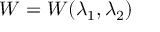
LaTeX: W = W ( \lambda _ { 1 } , \lambda _ { 2 } )